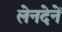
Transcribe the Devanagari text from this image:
लेनदेनें